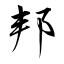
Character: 邦